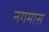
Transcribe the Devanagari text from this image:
नगमास